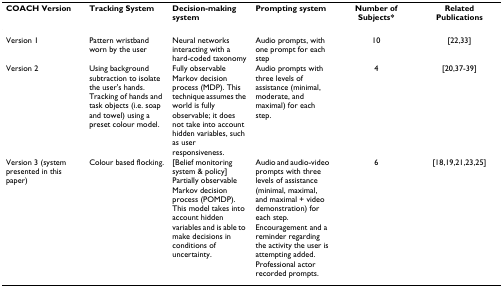
| COACH Version | Tracking System | Decision-making system | Prompting system | Number of Subjects* | Related Publications |
 | --- | --- | --- | --- | --- | --- |
 | Version 1 | Pattern wristband worn by the user | Neural networks interacting with a hard-coded taxonomy | Audio prompts, with one prompt for each step | 10 | [22,33] |
 | Version 2 | Using background subtraction to isolate the user's hands. Tracking of hands and task objects (i.e. soap and towel) using a preset colour model. | Fully observable Markov decision process (MDP). This technique assumes the world is fully observable; it does not take into account hidden variables, such as user responsiveness. | Audio prompts with three levels of assistance (minimal, moderate, and maximal) for each step. | 4 | [20,37-39] |
 | Version 3 (system presented in this paper) | Colour based flocking. | [Belief monitoring system & policy] Partially observable Markov decision process (POMDP). This model takes into account hidden variables and is able to make decisions in conditions of uncertainty. | Audio and audio-video prompts with three levels of assistance (minimal, maximal, and maximal + video demonstration) for each step. Encouragement and a reminder regarding the activity the user is attempting added. Professional actor recorded prompts. | 6 | [18,19,21,23,25] |